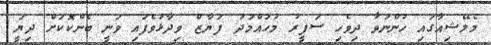
މެލޭޝިއާގައި ހުންނަވާ ދިވެހި ސަފީރު މުހައްމަދު ފަޔާޒް ވިދާޅުވެފައި ވަނީ ބެންކޮކަށް ދިޔަީ